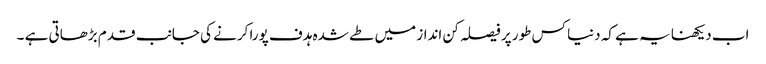
اب دیکھنا یہ ہے کہ دنیا کس طور پر فیصلہ کن انداز میں طے شدہ ہدف پورا کرنے کی جانب قدم بڑھاتی ہے ۔